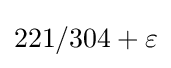
221/304+\varepsilon